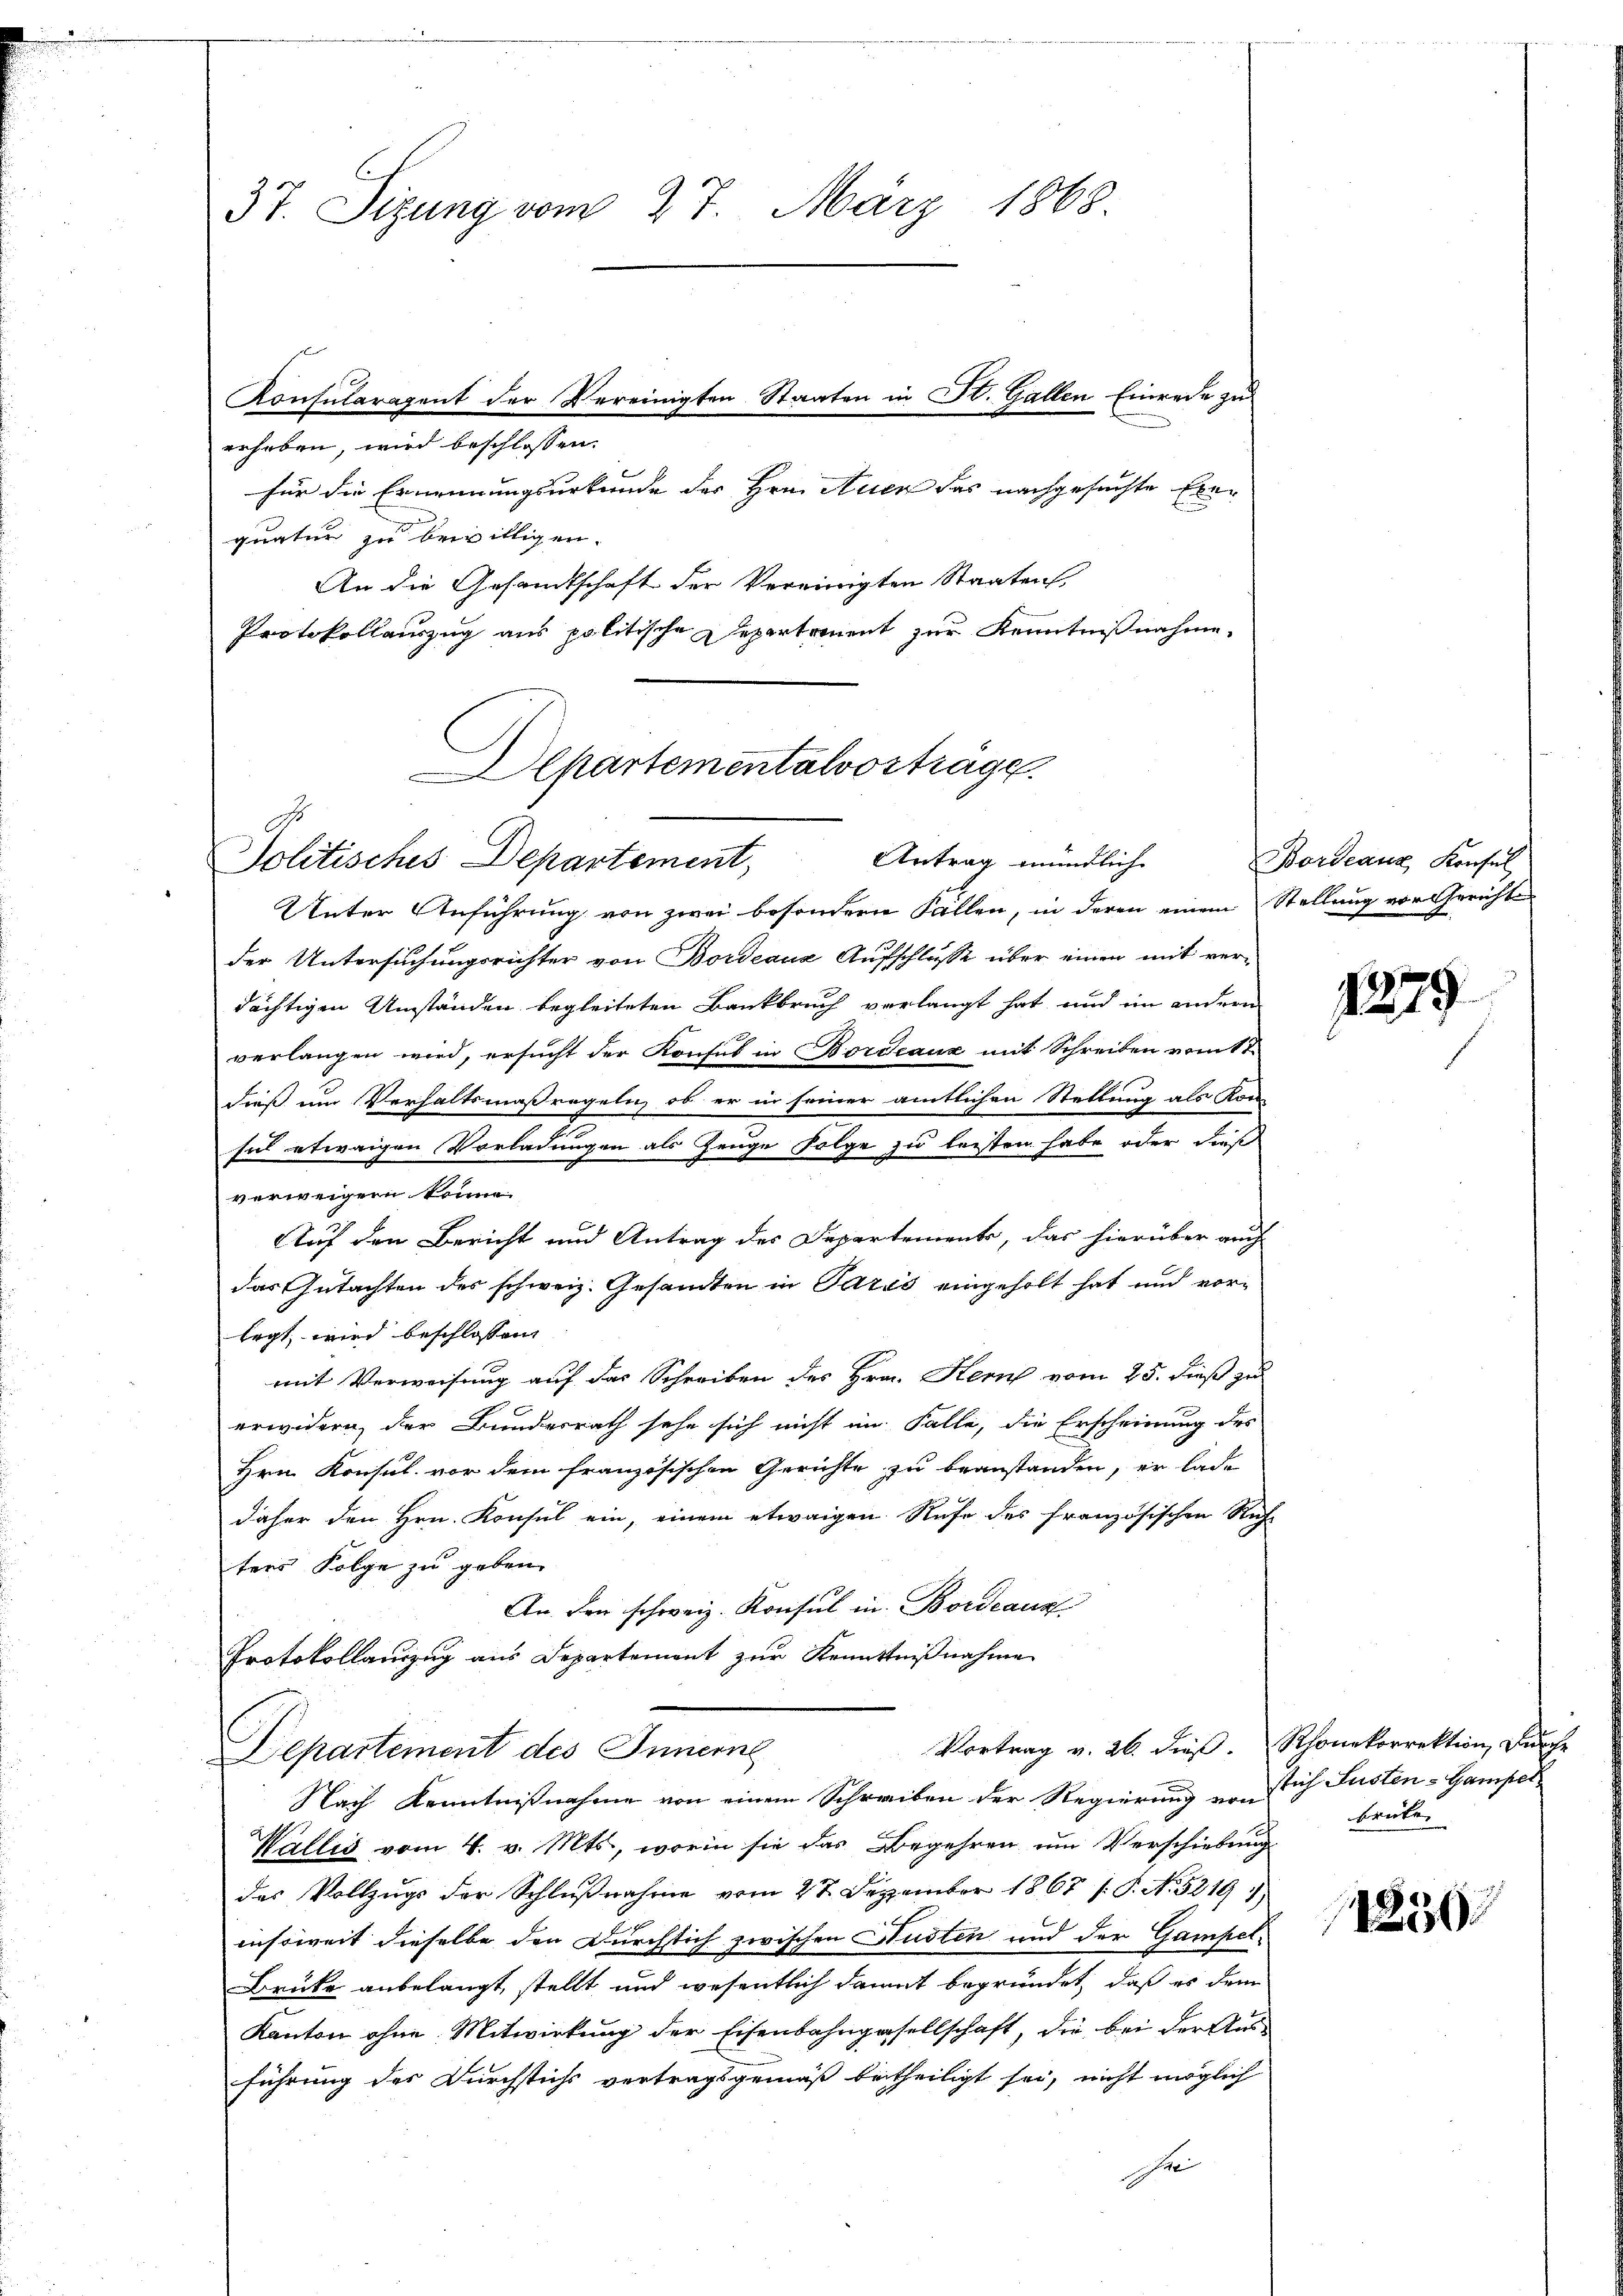
Protokollauszug aus politische Departement zur Kenntnißnahme.

37. Sizung vom 27. März 1868.
Konsularagent der Vereinigten Staaten in St. Gallen Einrede zu
eeheben, wird beschlossen:
für die Ernennungsurkunde der Hrn. Auer das nachgesuchte Exequatur zu bewilligen.
An die Gesandtschaft der Vereinigten Staaten,

Departementalvorträge
2
Politisches Departement Antrag mündliche

Unter Anführung von zwei besondern Fallen, in deren einem Stellung vor Gericht
der Untersuchungsrichter von Bordeaux Aufschlusse über einen mit verdächtigen Umständen begleiteten Bankbruch verlangt hat, und im andern
verlangen wird, ersucht der Konsul in Bordeaux mit Schreiben vom 17.
dieß um Verhaltsmaßregeln, ob er in seiner amtlichen Stellung als Kon-
t
sul etwaigen Vorladungen als Zeuge folge zu leisten habe oder dieß
verweigen könne.
Auf den Bericht und Antrag des Departements, das hierüber auch
das Gutachten des schweiz. Gesandten in Pazić eingeholt hat und vor-
legt wird beschlossen,
mit Verweisung auf das Schreiben des Hrn. Kern vom 25. dieß zu
erwidern der Bundesrath sehe sich nicht im Falle, die Erscheinung des
Hrn. Konsul vor dem französischen Gerichte zu beanstanden, er lade
daher den Hrn. Konsul ein, einem etwaigen Rufe des französischen Rech-
ters Folge zu geben.
An Frei schweiz. Konsul in Bordeaus
Protokollauszug aus Departement zur Kenntnißnahme
Vortrag v. 26. dieß. Rhonekorrektion durche
Departement des Innerne
Nach Kenntnißnahme von einem Schreiben der Regierung von sich Susten-Gampel
Wallis vom 4. v. Mts., worin sie das Begehren um Verschiebung
das Vollzugs der Schlŭβnahme vom 27. Dezember 1867 (T. N. 5219 1
insoweit dieselbe den Durchsich zwischen Husten und der Gampel-
Brüke anbelangt, stellt und wesentlich damit begründet, daß es dem
Kanton ohne Mitwirkung der Eisenbahngesellschaft, die bei der Aus-
führung der Durchstichs vertragsgemäß betheiligt sei, nicht möglich
e

Bordeaux, Konsul

1879.

brike

1250